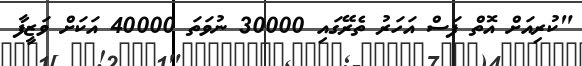
"ކުރިއަށް އޮތް ފަސް އަހަރު ތެރޭގައި 30000 ނުވަތަ 40000 އަކަށް ވަޒީފާ